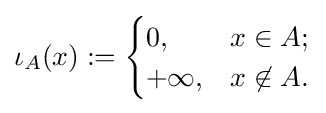
\iota _{A}(x):={\begin{cases}0,&x\in A;\\+\infty ,&x\not \in A.\end{cases}}